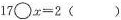
$$17\bigcirc x=2$$()